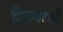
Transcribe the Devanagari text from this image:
हैं।कथकली